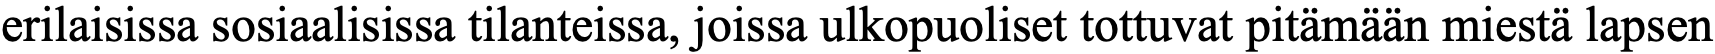
erilaisissa sosiaalisissa tilanteissa, joissa ulkopuoliset tottuvat pitämään miestä lapsen